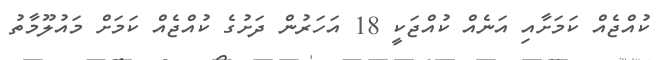
ކުއްޖެއް ކަމަށާއި އަނެއް ކުއްޖަކީ 18 އަހަރުން ދަށުގެ ކުއްޖެއް ކަމަށް މައުލޫމާތު